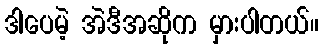
ဒါပေမဲ့ အဲဒီအဆိုက မှားပါတယ်။